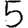
Digit: 5